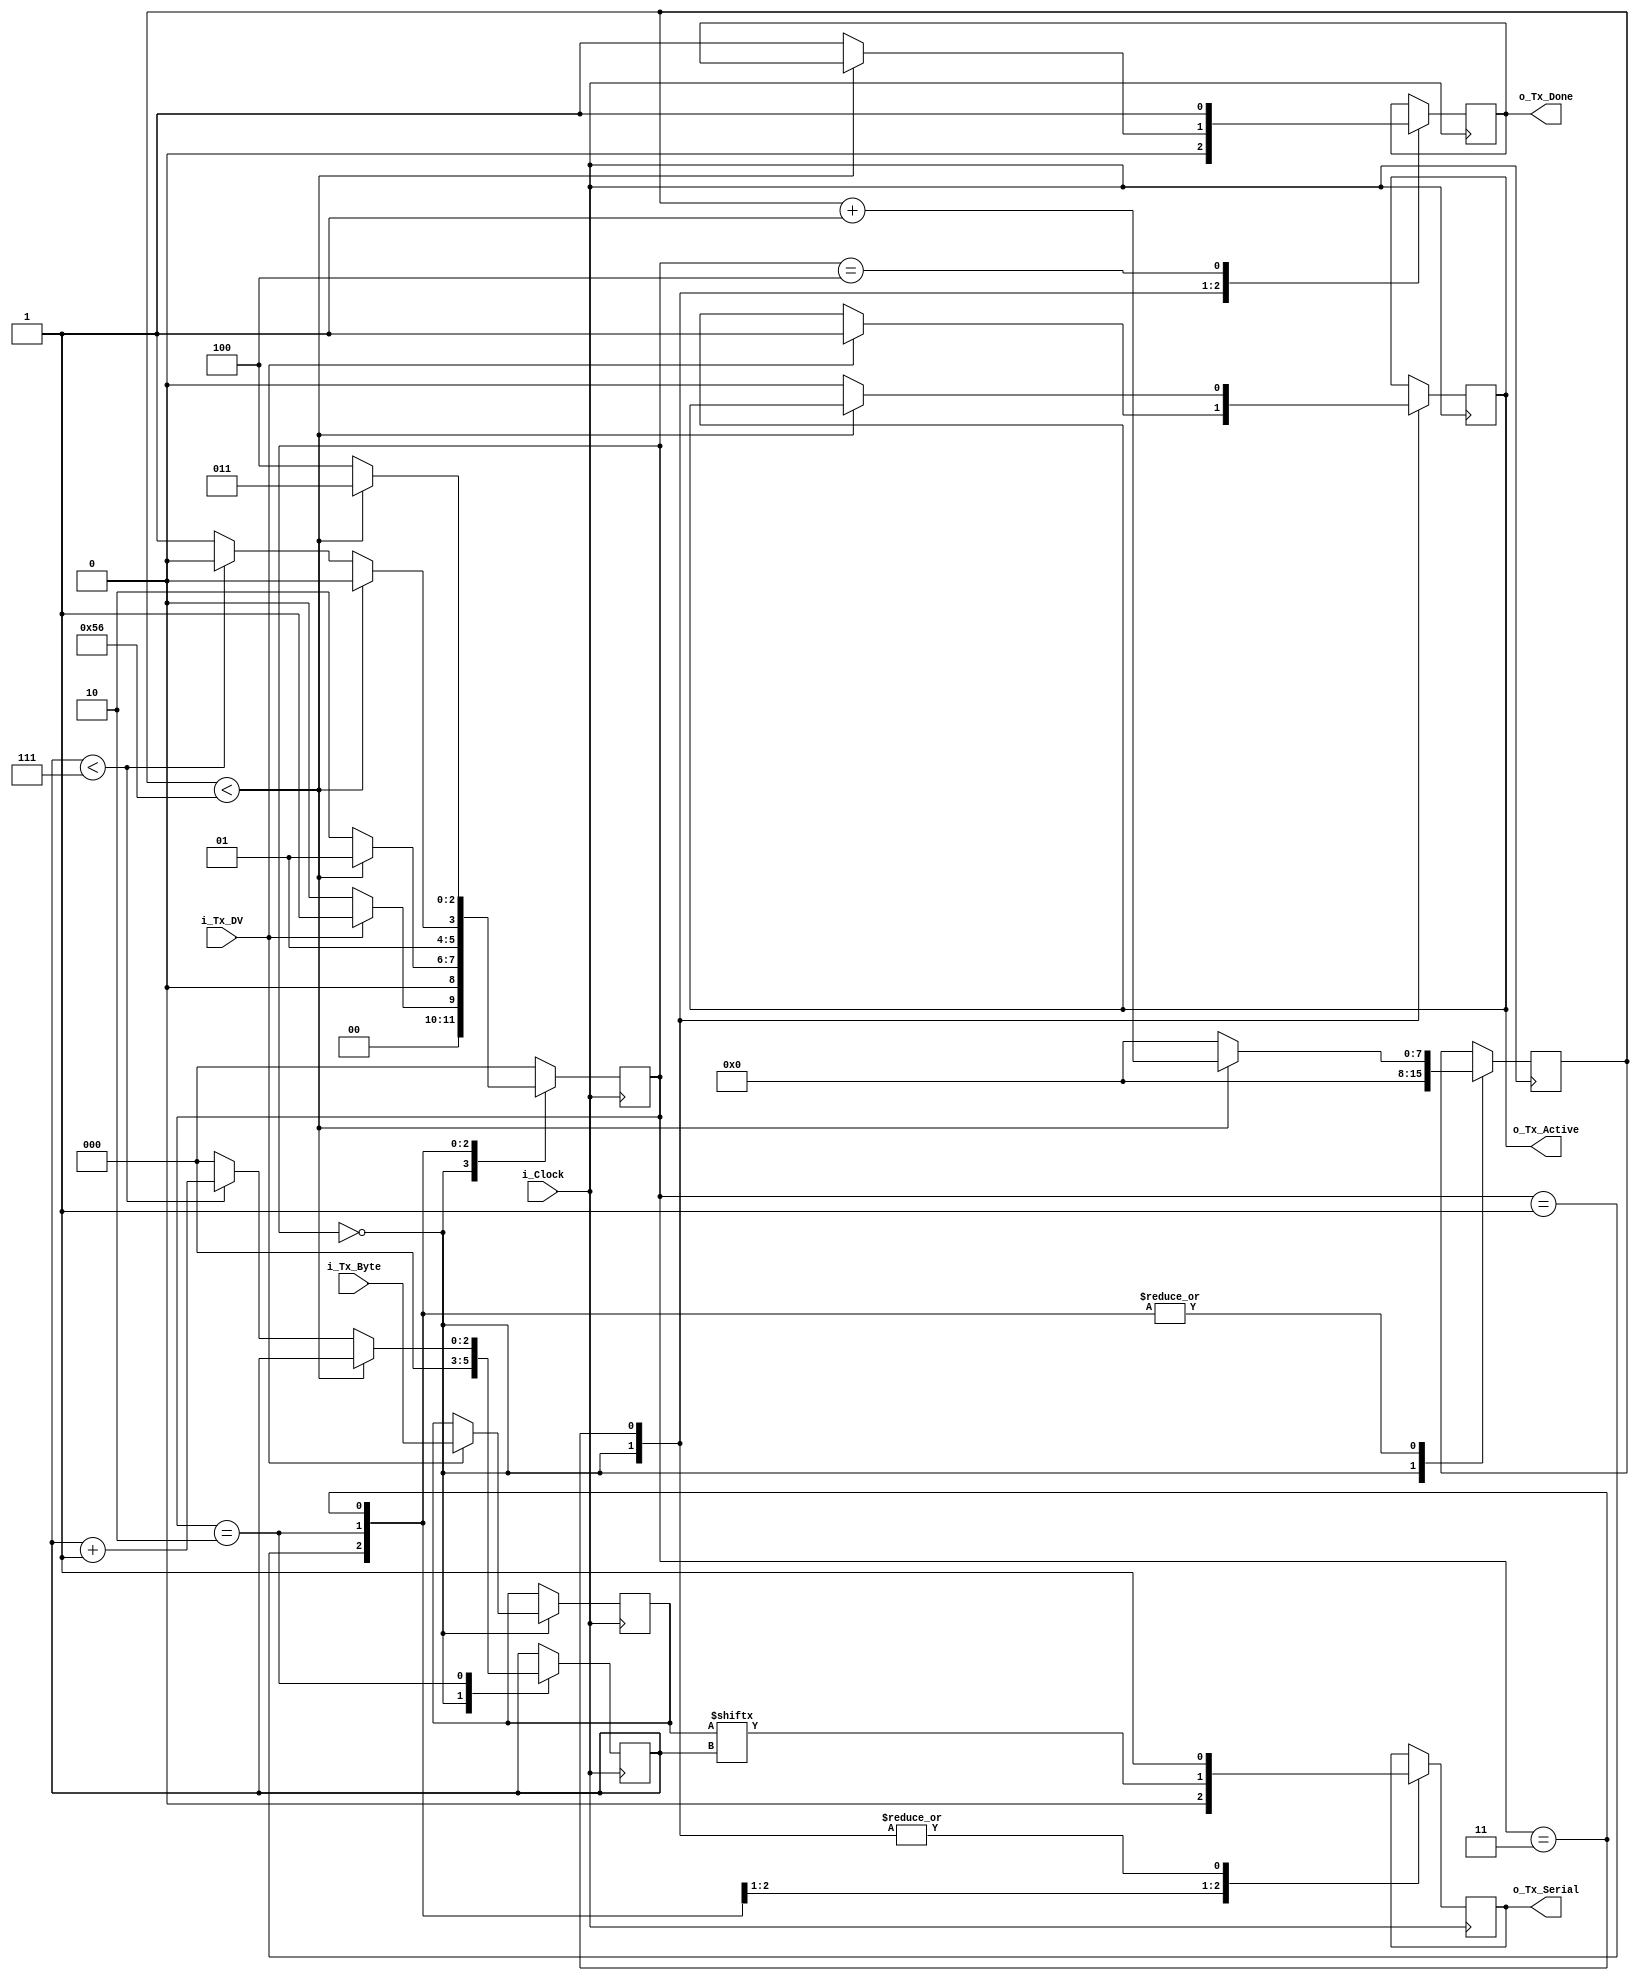
// This file contains the UART Transmitter.  This transmitter is able
// to transmit 8 bits of serial data, one start bit, one stop bit,
// and no parity bit.  When transmit is complete o_Tx_done will be
// driven high for one clock cycle.
// Set Parameter CLKS_PER_BIT as follows:
// CLKS_PER_BIT = (Frequency of i_Clock)/(Frequency of UART)
// Example: 10 MHz Clock, 115200 baud UART
// (10000000)/(115200) = 87
//The baud rate is the rate at which information is transferred in a 
//communication channel. In the serial port context, "9600 baud" means that the 
//serial port is capable of transferring a maximum of 9600 bits per second
module uart_tx (
   input       i_Clock,
   input       i_Tx_DV,
   input [7:0] i_Tx_Byte, 
   output      o_Tx_Active,
   output reg  o_Tx_Serial,
   output      o_Tx_Done
   );
  parameter CLKS_PER_BIT=8'D87;
  parameter s_IDLE         = 3'b000;
  parameter s_TX_START_BIT = 3'b001;
  parameter s_TX_DATA_BITS = 3'b010;
  parameter s_TX_STOP_BIT  = 3'b011;
  parameter s_CLEANUP      = 3'b100;
   
  reg [2:0]    r_SM_Main     = 0;
  reg [7:0]    r_Clock_Count = 0;
  reg [2:0]    r_Bit_Index   = 0;
  reg [7:0]    r_Tx_Data     = 0;
  reg          r_Tx_Done     = 0;
  reg          r_Tx_Active   = 0;
     
  always @(posedge i_Clock)
    begin
       
      case (r_SM_Main)
        s_IDLE :
          begin
            o_Tx_Serial   <= 1'b1;         // Drive Line High for Idle
            r_Tx_Done     <= 1'b0;
            r_Clock_Count <= 0;
            r_Bit_Index   <= 0;
             
            if (i_Tx_DV == 1'b1)
              begin
                r_Tx_Active <= 1'b1;
                r_Tx_Data   <= i_Tx_Byte;
                r_SM_Main   <= s_TX_START_BIT;
              end
            else
              r_SM_Main <= s_IDLE;
          end // case: s_IDLE
         
         
        // Send out Start Bit. Start bit = 0
        s_TX_START_BIT :
          begin
            o_Tx_Serial <= 1'b0;
             
            // Wait CLKS_PER_BIT-1 clock cycles for start bit to finish
            if (r_Clock_Count < CLKS_PER_BIT-1)
              begin
                r_Clock_Count <= r_Clock_Count + 1;
                r_SM_Main     <= s_TX_START_BIT;
              end
            else
              begin
                r_Clock_Count <= 0;
                r_SM_Main     <= s_TX_DATA_BITS;
              end
          end // case: s_TX_START_BIT
         
         
        // Wait CLKS_PER_BIT-1 clock cycles for data bits to finish         
        s_TX_DATA_BITS :
          begin
            o_Tx_Serial <= r_Tx_Data[r_Bit_Index];
             
            if (r_Clock_Count < CLKS_PER_BIT-1)
              begin
                r_Clock_Count <= r_Clock_Count + 1;
                r_SM_Main     <= s_TX_DATA_BITS;
              end
            else
              begin
                r_Clock_Count <= 0;
                 
                // Check if we have sent out all bits
                if (r_Bit_Index < 7)
                  begin
                    r_Bit_Index <= r_Bit_Index + 1;
                    r_SM_Main   <= s_TX_DATA_BITS;
                  end
                else
                  begin
                    r_Bit_Index <= 0;
                    r_SM_Main   <= s_TX_STOP_BIT;
                  end
              end
          end // case: s_TX_DATA_BITS
          
        // Send out Stop bit.  Stop bit = 1
        s_TX_STOP_BIT :
          begin
            o_Tx_Serial <= 1'b1;
             
            // Wait CLKS_PER_BIT-1 clock cycles for Stop bit to finish
            if (r_Clock_Count < CLKS_PER_BIT-1)
              begin
                r_Clock_Count <= r_Clock_Count + 1;
                r_SM_Main     <= s_TX_STOP_BIT;
              end
            else
              begin
                r_Tx_Done     <= 1'b1;
                r_Clock_Count <= 0;
                r_SM_Main     <= s_CLEANUP;
                r_Tx_Active   <= 1'b0;
              end
          end // case: s_Tx_STOP_BIT
                
        // Stay here 1 clock
        s_CLEANUP :
          begin
            r_Tx_Done <= 1'b1;
            r_SM_Main <= s_IDLE;
          end
                
        default :
          r_SM_Main <= s_IDLE;
         
      endcase
    end
 
  assign o_Tx_Active = r_Tx_Active;
  assign o_Tx_Done   = r_Tx_Done;
   
endmodule